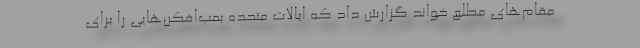
مقام‌های مطلع خواند گزارش داد که ایالات متحده بمب‌افکن‌هایی را برای